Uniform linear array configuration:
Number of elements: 12
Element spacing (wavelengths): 1
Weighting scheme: kaiser
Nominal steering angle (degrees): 60
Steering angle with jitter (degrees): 60.49
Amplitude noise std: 0.05
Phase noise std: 0.05

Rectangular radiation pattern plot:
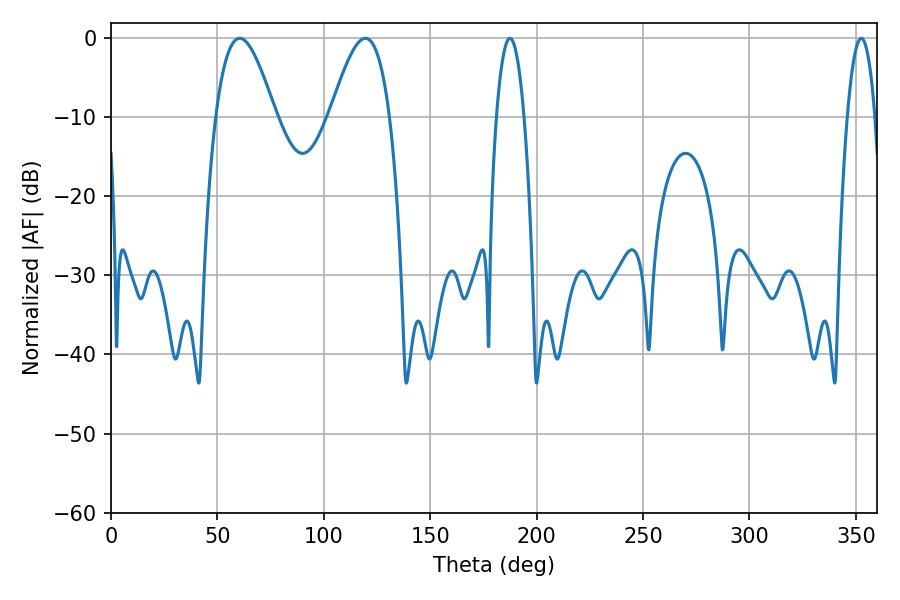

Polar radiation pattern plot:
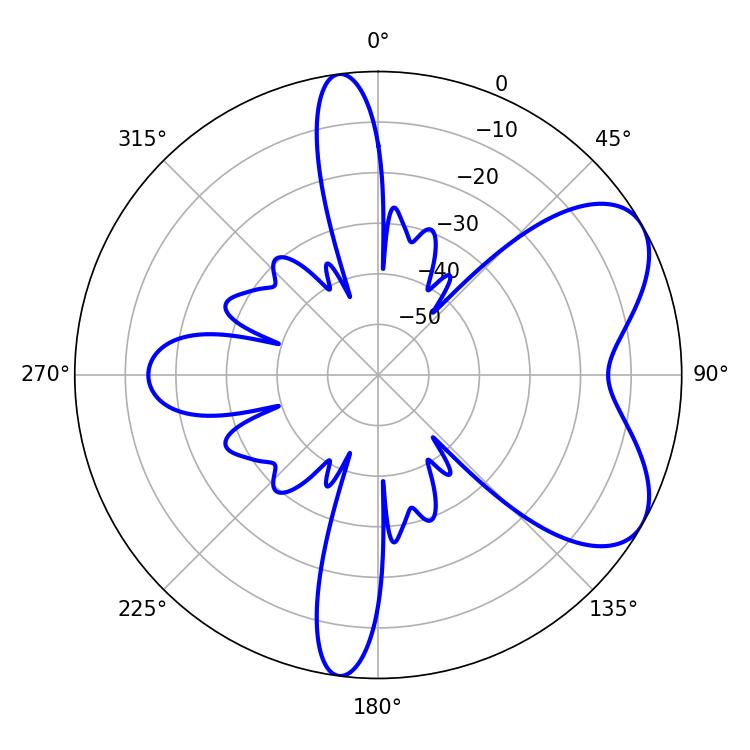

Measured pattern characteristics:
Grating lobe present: TRUE
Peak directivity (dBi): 6.269
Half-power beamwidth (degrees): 15.12
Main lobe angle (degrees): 60.48